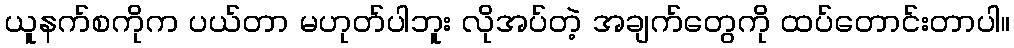
ယူနက်စကိုက ပယ်တာ မဟုတ်ပါဘူး လိုအပ်တဲ့ အချက်တွေကို ထပ်တောင်းတာပါ။